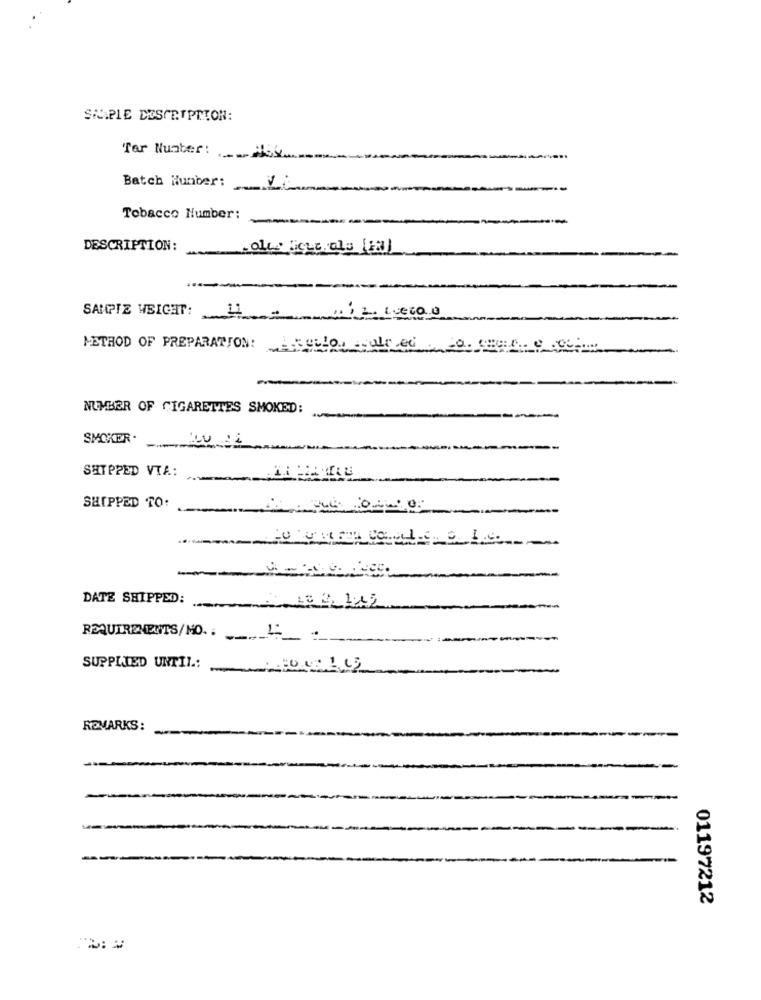
SMAPIE DESCRIPTION:
Tar Number: 464.
Batch Number:
Tobacco Number:
DESCRIPTION:
SAMPIZ WEIGHT:
METHOD OF PREPARATION:como el
NUMBER OF CIGARETTES SMOKED:
SMOKER. ..
SHIPPED VIA:
SHIPPED TO:
DATE SHIPPED:
REQUIREMENTS/MO ..
--- 4
SUPPLIED UNTIL .:
REMARKS:
-
01197212